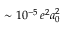
\sim 1 0 ^ { - 5 } \, e ^ { 2 } a _ { 0 } ^ { 2 }